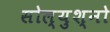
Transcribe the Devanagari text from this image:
सोल्युश्नो